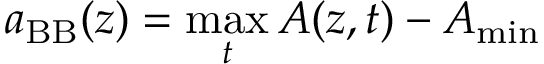
a _ { \mathrm { B B } } ( z ) = \operatorname* { m a x } _ { t } A ( z , t ) - A _ { \mathrm { m i n } }